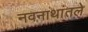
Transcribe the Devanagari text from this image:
नवनाथांतले